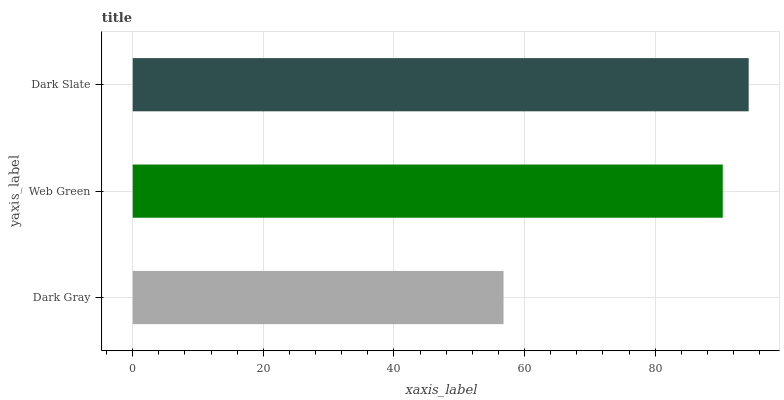
| yaxis_label | bars |
 | --- | --- |
 | Dark Gray | 56.8 |
 | Web Green | 90.4 |
 | Dark Slate | 94.3 |